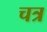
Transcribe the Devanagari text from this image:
चत्र